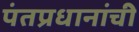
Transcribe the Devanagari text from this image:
पंतप्रधानांची